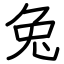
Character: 兔